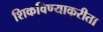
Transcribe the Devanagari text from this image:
शिकविण्याकरीता